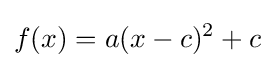
f(x)=a(x-c)^{2}+c